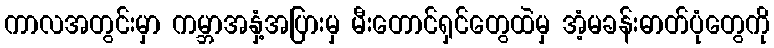
ကာလအတွင်းမှာ ကမ္ဘာအနှံ့အပြားမှ မီးတောင်ရှင်တွေထဲမှ အံ့မခန်းဓာတ်ပုံတွေကို